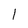
Character: 1